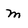
Character: m